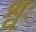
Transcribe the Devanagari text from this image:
श्वः